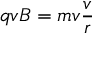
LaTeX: q v B = m v { \frac { v } { r } }